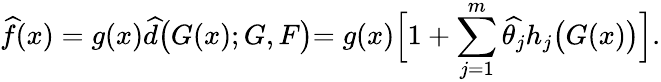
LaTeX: \widehat{f}(x)=g(x)\widehat{d}\bigl(G(x);G,F\bigl)=g(x)\Bigl[1+\sum_{j=1}^{m}\widehat{\theta_{j}}h_{j}\bigl(G(x)\bigl)\Bigl].